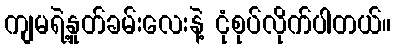
ကျမရဲ့နှုတ်ခမ်းလေးနဲ့ ငုံစုပ်လိုက်ပါတယ်။